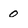
Character: 0